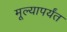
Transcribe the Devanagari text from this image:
मूल्यापर्यंत